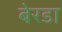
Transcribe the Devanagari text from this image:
बेरडा